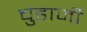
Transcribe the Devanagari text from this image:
चुंडाजी